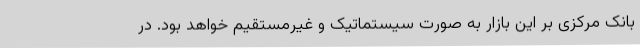
بانک مرکزی بر این بازار به صورت سیستماتیک و غیرمستقیم خواهد بود. در